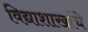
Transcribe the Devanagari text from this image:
विद्याशाखांचे